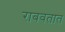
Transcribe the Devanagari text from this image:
राबवतात